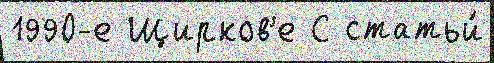
1990-е Щирков'е С статьи́